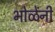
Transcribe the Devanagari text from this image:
भोळेंनी